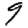
Digit: 9